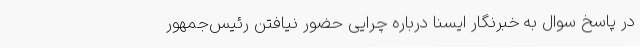
در پاسخ سوال به خبرنگار ایسنا درباره چرایی حضور نیافتن رئیس‌جمهور